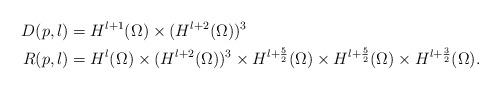
LaTeX: \begin{align*}D(p,l)&=H^{l+1}(\Omega)\times (H^{l+2}(\Omega))^3\\R(p,l)&=H^{l}(\Omega)\times (H^{l+2}(\Omega))^3\times H^{l+\frac{5}{2}}(\Omega)\times H^{l+\frac{5}{2}}(\Omega)\times H^{l+\frac{3}{2}}(\Omega).\end{align*}